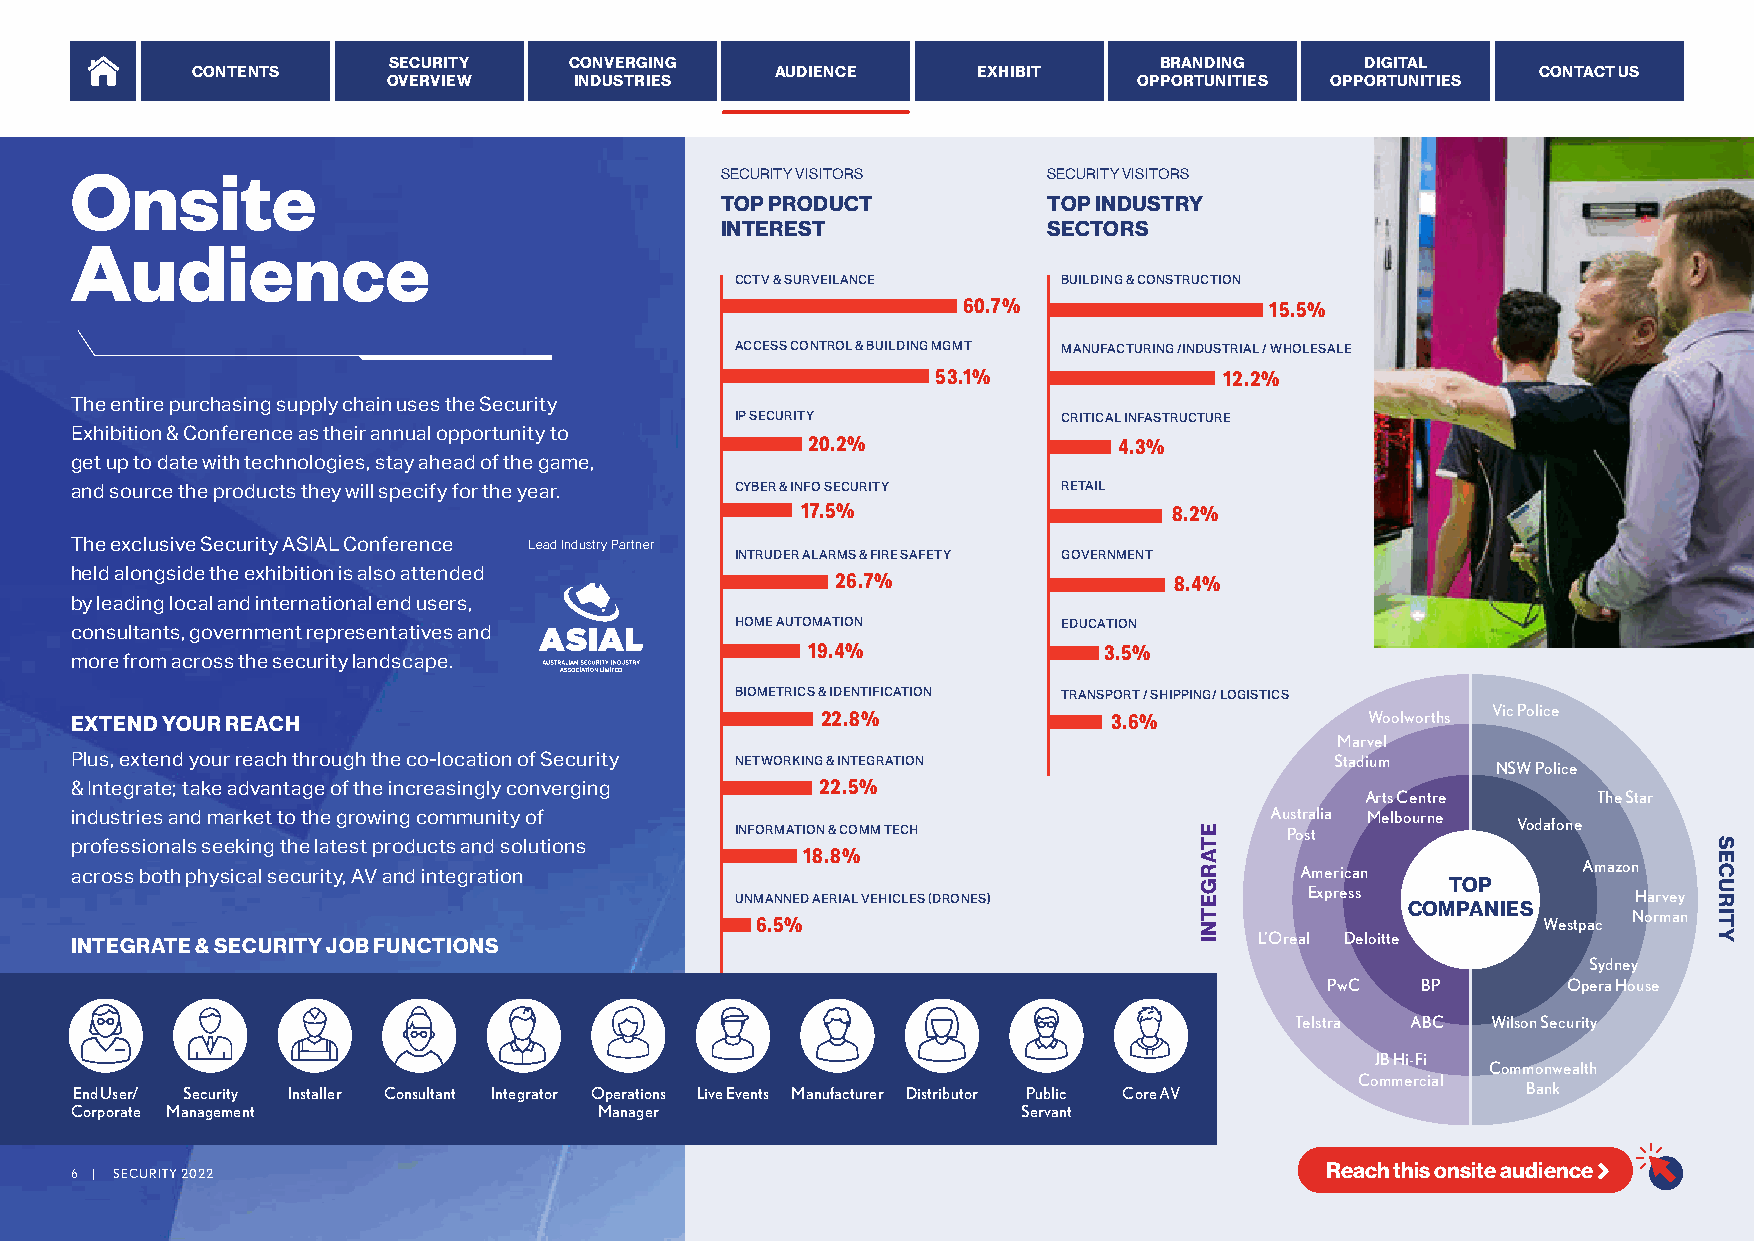
SECURITY    CONVERGING                             BRANDING     DIGITAL
 CONTENTS                              AUDIENCE      EXHIBIT                              CONTACT US
 OVERVIEW    INDUSTRIES                           OPPORTUNITIES OPPORTUNITIES
 Onsite
 SECURITY VISITORS    SECURITY VISITORS
 TOP PRODUCT          TOP INDUSTRY
 INTEREST             SECTORS
 Audience
 CCTV & SURVEILANCE   BUILDING & CONSTRUCTION
 60.7%               15.5%
 ACCESS CONTROL & BUILDING MGMT
 MANUFACTURING /INDUSTRIAL / WHOLESALE
 53.1%              12.2%
 The entire purchasing supply chain uses the Security
 IP SECURITY          CRITICAL INFASTRUCTURE
 Exhibition & Conference as their annual opportunity to
 20.2%                4.3%
 get up to date with technologies, stay ahead of the game,
 and source the products they will specify for the year. CYBER & INFO SECURITY RETAIL
 17.5%                    8.2%
 The exclusive Security ASIAL Conference Lead Industry Partner
 INTRUDER ALARMS & FIRE SAFETY GOVERNMENT
 held alongside the exhibition is also attended    26.7%                  8.4%
 by leading local and international end users,
 EDUCATION
 consultants, government representatives and HOME AUTOMATION
 19.4%               3.5%
 more from across the security landscape.
 BIOMETRICS & IDENTIFICATION
 EXTEND YOUR REACH                                22.8%           TRANSP 3O .R 6T % / SHIPPING/ LOGISTICS Woolworths Vic Police
 Marvel
 Plus, extend your reach through the co-location of Security                        Stadium
 NETWORKING & INTEGRATION                          NSW Police
 & Integrate; take advantage of the increasingly converging 22.5%
 Arts Centre     The Star
 industries and market to the growing community of                              Australia Melbourne
 Vodafone
 professionals seeking the latest products and solutions INFORMATION & COMM TECH Post
 18.8%
 across both physical security, AV and integration                                American           Amazon
 TOP
 Express              Harvey
 UNMANNED AERIAL VEHICLES (DRONES)           COMPANIES
 6.5%                                                Westpac Norman
 INTEGRATE & SECURITY JOB FUNCTIONS                                            L’Oreal Deloitte
 Sydney
 PwC   BP        Opera House
 Telstra ABC  Wilson Security
 JB Hi-Fi
 Commonwealth
 Commercial
 End User/ Security Installer Consultant Integrator Operations Live Events Manufacturer Distributor Public Core AV Bank
 Corporate Management               Manager                     Servant
 Reach this onsite audience 
 6 | SECURITY 2022
 ETARGETNI                          SECURITY